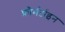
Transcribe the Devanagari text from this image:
फ़ौर्मर्टाइन